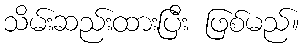
သိမ်းဆည်းထားပြီး ဖြစ်မည်။